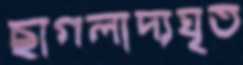
ছাগলাদ্যঘৃত